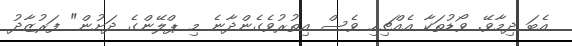
އެބަ ދިމާވޭ. ވޯޑުތަކާ އެއްޗިހި ވެސް އިތުރުވެގެންދާނެ މި ޕްލޭންގެ ދަށުން" ފަރުޒާދު